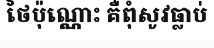
ថៃប៉ុណ្ណោះ គឺពុំសូវធ្លាប់